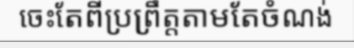
ចេះតែពីប្រព្រឹត្តតាមតែចំណង់